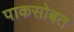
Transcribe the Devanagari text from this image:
पाकसोबत